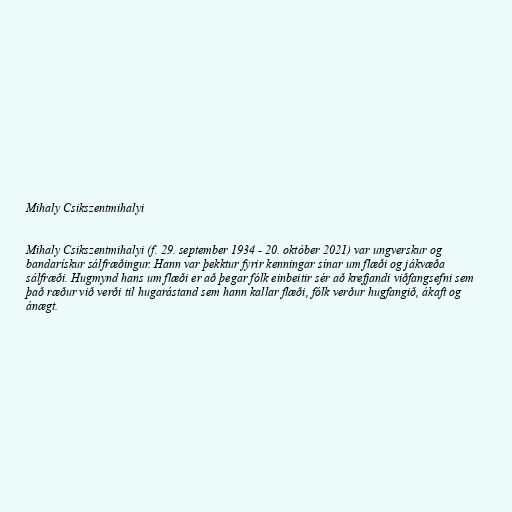
Mihaly Csikszentmihalyi

Mihaly Csikszentmihalyi (f. 29. september 1934 - 20. október 2021) var ungverskur og
bandarískur sálfræðingur. Hann var þekktur fyrir kenningar sínar um flæði og jákvæða
sálfræði. Hugmynd hans um flæði er að þegar fólk einbeitir sér að krefjandi viðfangsefni sem
það ræður við verði til hugarástand sem hann kallar flæði, fólk verður hugfangið, ákaft og
ánægt.